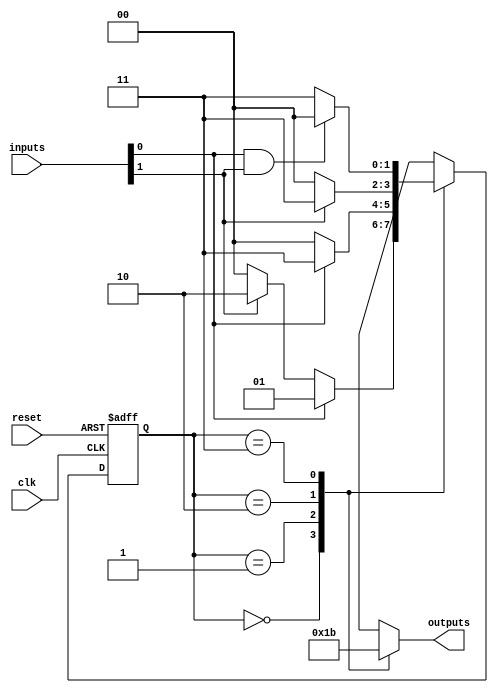
module parameterized_state_machine #(
    parameter NUM_STATES = 4,      // Number of states
    parameter NUM_INPUTS = 2,      // Number of inputs
    parameter NUM_OUTPUTS = 2       // Number of outputs
)(
    input wire clk,                 // Clock signal
    input wire reset,               // Reset signal
    input wire [NUM_INPUTS-1:0] inputs, // Input signals
    output reg [NUM_OUTPUTS-1:0] outputs // Output signals
);

    // State encoding
    localparam STATE_0 = 2'b00;
    localparam STATE_1 = 2'b01;
    localparam STATE_2 = 2'b10;
    localparam STATE_3 = 2'b11;

    reg [1:0] current_state, next_state;

    // State transition logic
    always @(*) begin
        case (current_state)
            STATE_0: begin
                if (inputs[0]) begin
                    next_state = STATE_1;
                end else if (inputs[1]) begin
                    next_state = STATE_2;
                end else begin
                    next_state = STATE_0;
                end
            end

            STATE_1: begin
                if (inputs[0]) begin
                    next_state = STATE_3;
                end else begin
                    next_state = STATE_0;
                end
            end

            STATE_2: begin
                if (inputs[1]) begin
                    next_state = STATE_3;
                end else begin
                    next_state = STATE_0;
                end
            end

            STATE_3: begin
                if (inputs[0] && inputs[1]) begin
                    next_state = STATE_0;
                end else begin
                    next_state = STATE_3;
                end
            end

            default: next_state = STATE_0; // Default state
        endcase
    end

    // State register
    always @(posedge clk or posedge reset) begin
        if (reset) begin
            current_state <= STATE_0; // Reset to initial state
        end else begin
            current_state <= next_state;
        end
    end

    // Output logic based on current state
    always @(*) begin
        case (current_state)
            STATE_0: outputs = 2'b00; // Outputs for STATE_0
            STATE_1: outputs = 2'b01; // Outputs for STATE_1
            STATE_2: outputs = 2'b10; // Outputs for STATE_2
            STATE_3: outputs = 2'b11; // Outputs for STATE_3
            default: outputs = 2'b00;  // Default outputs
        endcase
    end

endmodule